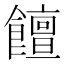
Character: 饘